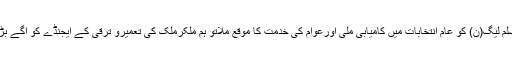
پاکستان مسلم لیگ(ن) کو عام انتخابات میں کامیابی ملی اورعوام کی خدمت کا موقع ملاتو ہم ملکرملک کی تعمیرو ترقی کے ایجنڈے کو آگے بڑھائیںگے۔